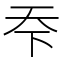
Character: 𬻊